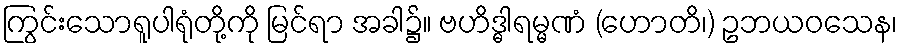
ကြွင်းသောရူပါရုံတို့ကို မြင်ရာ အခါ၌။ ဗဟိဒ္ဓါရမ္မဏံ (ဟောတိ၊) ဥဘယဝသေန၊